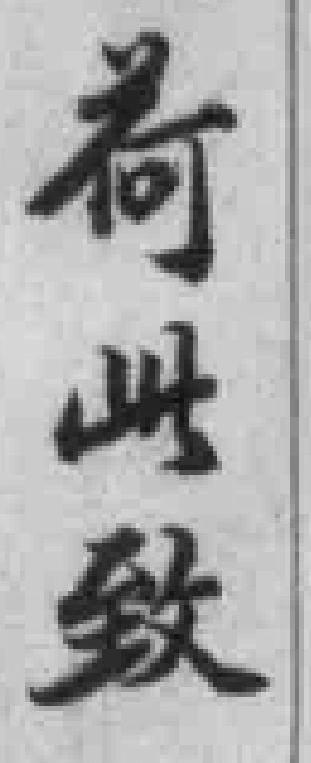
荷此致